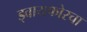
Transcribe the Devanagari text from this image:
ड्वायफोरचा